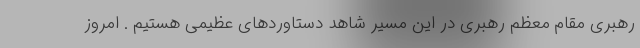
رهبری مقام معظم رهبری در این مسیر شاهد دستاوردهای عظیمی هستیم . امروز